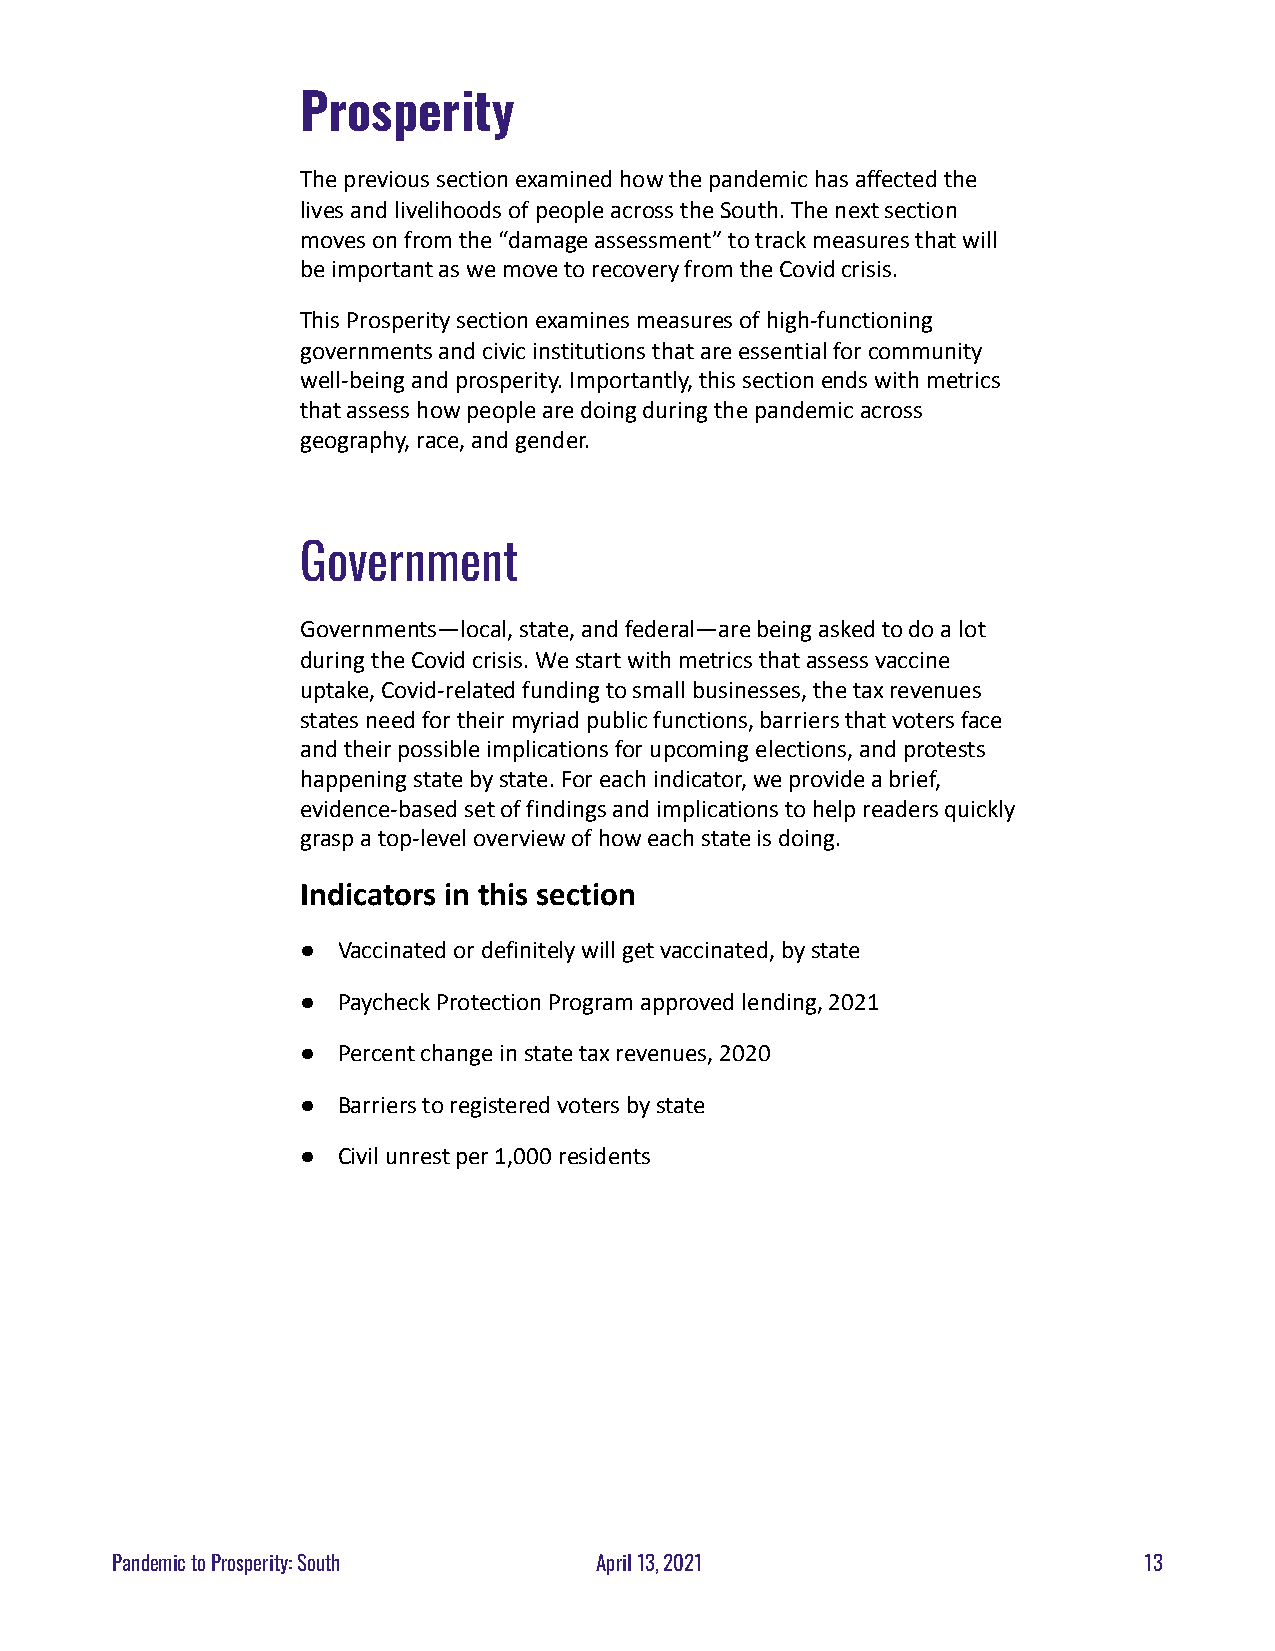
Prosperity
 The previous section examined how the pandemic hasaffected the
 lives and livelihoods of people across the South.The next section
 moves on from the “damage assessment” to track measuresthat will
 be important as we move to recovery from the Covidcrisis.
 This Prosperity section examines measures of high-functioning
 governments and civic institutions that are essentialfor community
 well-being and prosperity. Importantly, this sectionends with metrics
 that assess how people are doing during the pandemicacross
 geography, race, and gender.
 Government
 Governments—local, state, and federal—are being askedto do a lot
 during the Covid crisis. We start with metrics thatassess vaccine
 uptake, Covid-related funding to small businesses,the tax revenues
 states need for their myriad public functions, barriersthat voters face
 and their possible implications for upcoming elections,and protests
 happening state by state. For each indicator, we providea brief,
 evidence-based set of findings and implications tohelp readers quickly
 grasp a top-level overview of how each state is doing.
 Indicators in this section
 ● Vaccinated or definitely will get vaccinated, by state
 ● Paycheck Protection Program approved lending, 2021
 ● Percent change in state tax revenues, 2020
 ● Barriers to registered voters by state
 ● Civil unrest per 1,000 residents
 Pandemic to Prosperity: South   April 13, 2021                       13